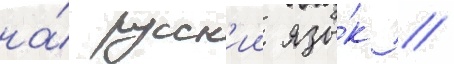
на́ русск'ии язы́к /